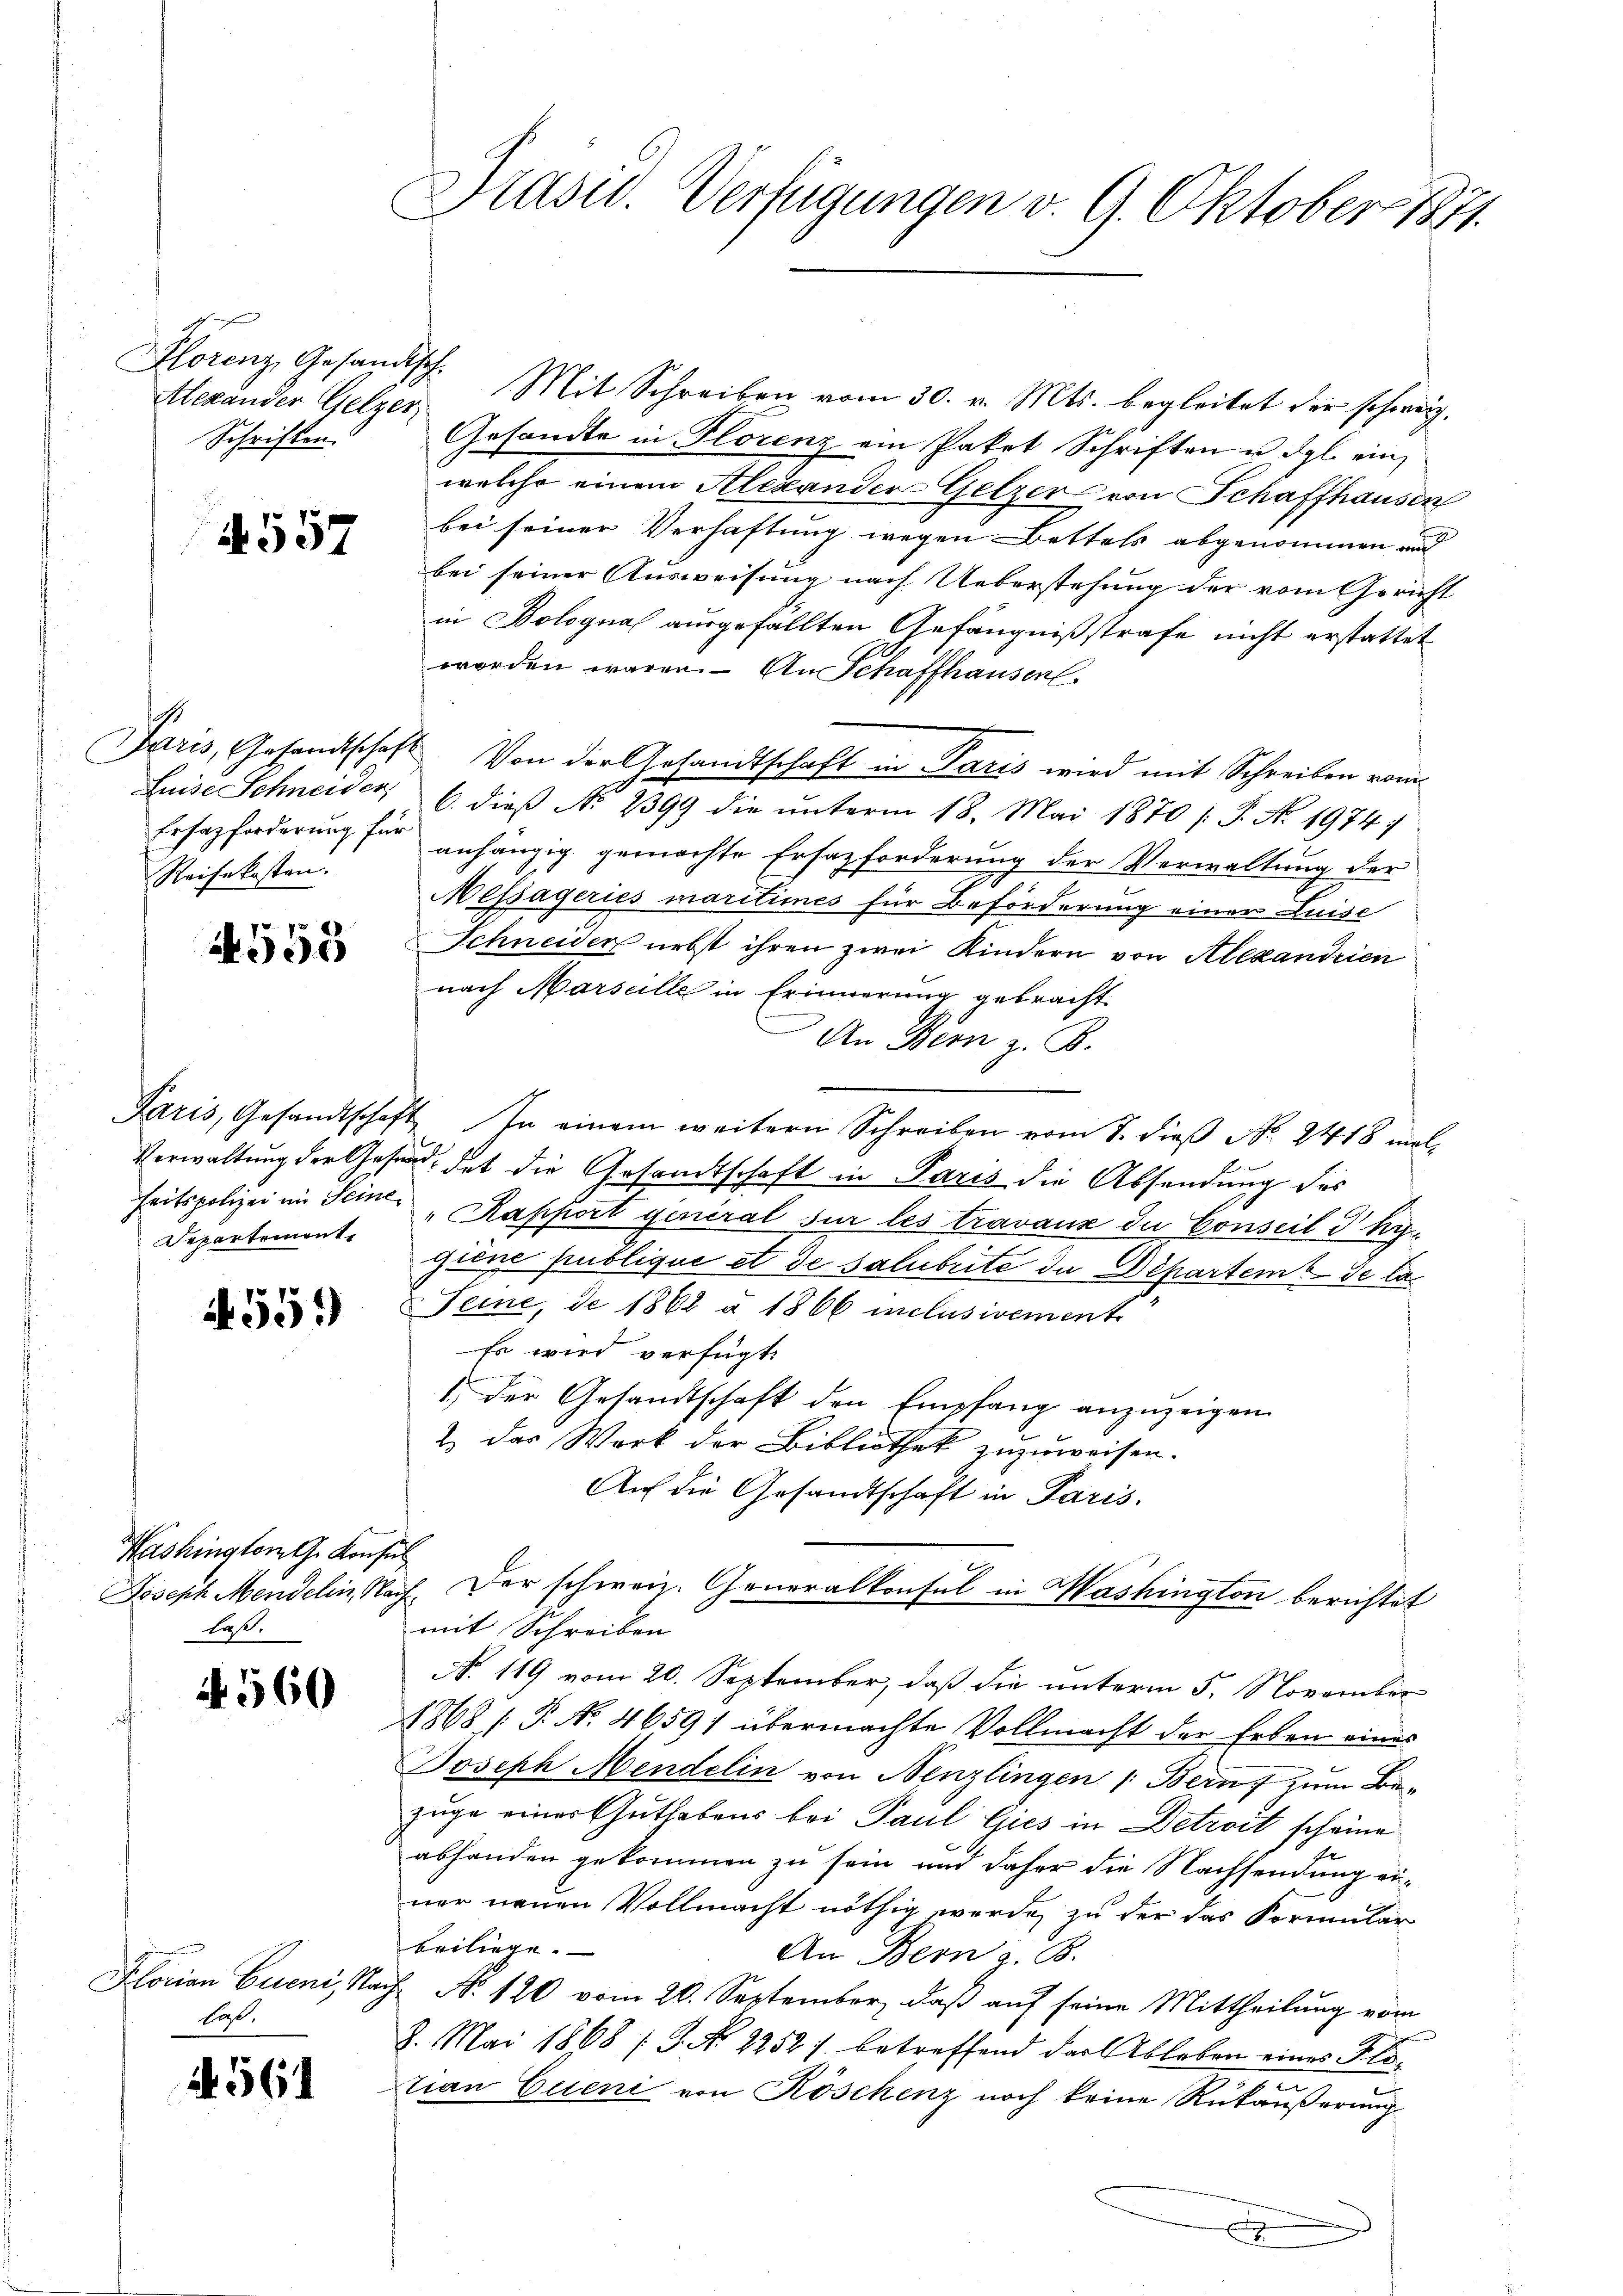
Florenz, Gesandtsch-
Alexander Gelzer,
Schriften.

557

Ersatzforderung für
Reisekosten.

4553

Departement

A. 559

Washington G. Konsul
laß.

N 560

Plorian Eueni, Nalaß.

14561

Präsid. Verfügungen v. 9. Oktober 1871

Mit Schreiben vom 30. v. Mts. begleitet der schweiz.
Gesandte in Florenz ein Paket Schriften u. dgl. ein
welche einem Alexander Gelzer von Schaffhausen
bei seiner Verhaftung wegen Bettels abgenommen und
bei seiner Ausweisung nach Ueberstehung der vom Gericht
in Bolognal ausgefällten Gefängnißstrafe nicht erstattet
worden wären. – An Schaffhausen.
Paris, Gesandtschaft Von der Gesandtschaft in Paris wird mit Schreiben vom
Luise Schneider, 6. dieβ No. 2399 die ŭnterm 18. Mai 1870 / P. Nr. 1974:
anhängig gemachte Ersatzforderung der Verwaltung der
Messageries maritimes für Beförderung einer Luise
Schneiden nebst ihren zwei Kindern von Alexandrien
nach Marseille in Erinnerung gebracht
An Bern z. B.
Paris, Gesandtschaft. In einem weitern Schreiben vom 8. dieβ No. 2418 mal-
Verwaltung der Gesund, das die Gesandtschaft in Paris die Absendung des
heitspolizei im Seine „Kappert general sur les travaux du Conseil & Kygiene publique et de salubrite de Departeme de la
Feine, de 1862 à 1866 inclusivement
Es wird verfügt:
1. Der Gesandtschaft den Empfang anzuzeigen
2 das Werk der Bibliothek zuzuweisen.
Auf die Gesandtschaft in Paris.
Joseph Mendelin, Nach. Der schweiz. Generalkonsul in Washington berichtet
mit Schreiben
N. 119 vom 20. September, daß die unterm 5. November
1868 / P. N. 46591 übermachte Vollmacht der Erben eines
Joseph Mendelin von Nenzlingen (Bern zum Bezuge einer Guthabens bei Paul Gies in Detroit scheine
abhanden gekommen zu sein und daher die Nachsendung einer neuen Vollmacht nöthig werde, zu der das Formular
beiliege.
An Bern z. B.
7 Nr. 120 vom 26. September, daß auf seine Mittheilung vom
8. Mai 1868 (T. No 2252) betreffend der Ableben eines Klotian Eueni von Köschenz noch keine Rückäußerung
x
.